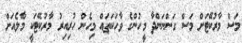
މަސް މާރުކޭޓަށް މަސް ގަންނަންދާ މީހުންގެ ވާހަކަތައް މިހެން ހުރިއިރު މާރުކޭޓަކީ މާލެއަށް